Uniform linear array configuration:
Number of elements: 32
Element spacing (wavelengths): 0.75
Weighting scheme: hann
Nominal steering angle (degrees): -60
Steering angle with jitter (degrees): -58.818
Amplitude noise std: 0.05
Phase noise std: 0.05

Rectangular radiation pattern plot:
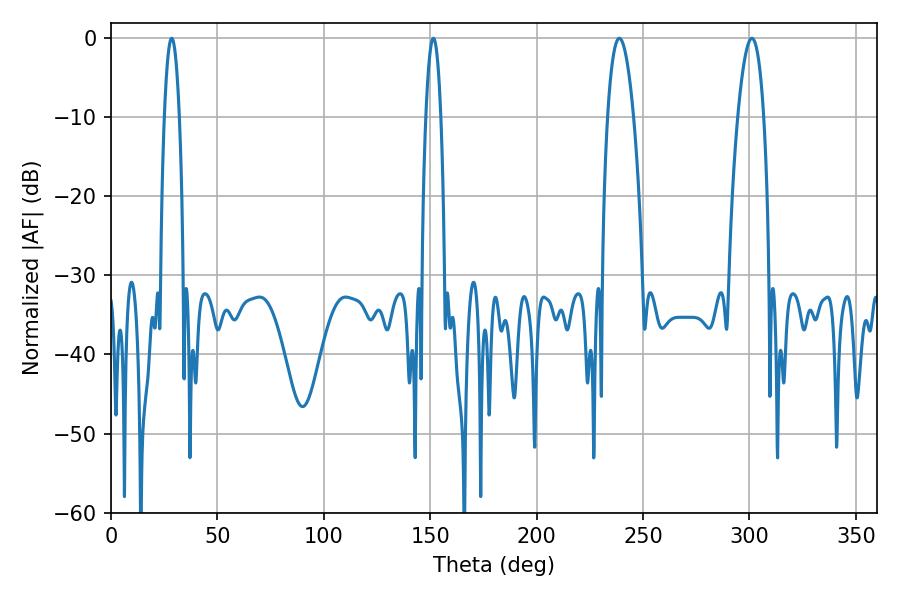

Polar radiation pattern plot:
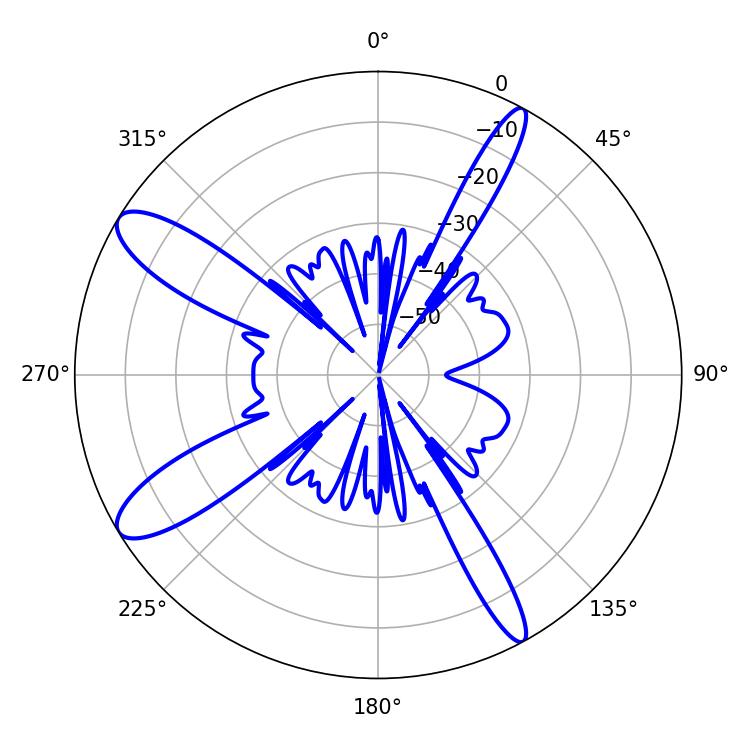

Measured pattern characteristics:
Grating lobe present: TRUE
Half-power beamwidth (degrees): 6.84
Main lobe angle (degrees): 238.86